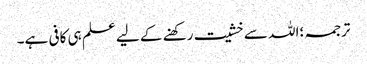
ترجمہ ؛اللہ سے خشیت رکھنے کے لیے علم ہی کافی ہے۔